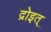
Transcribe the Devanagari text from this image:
द्रोइत्